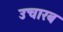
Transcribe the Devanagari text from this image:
उचारब